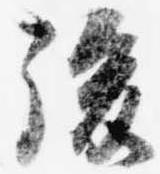
後